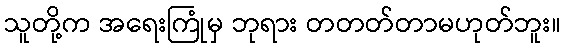
သူတို့က အရေးကြုံမှ ဘုရား တတတ်တာမဟုတ်ဘူး။